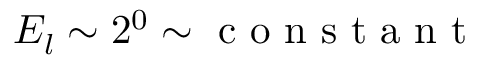
E _ { l } \sim 2 ^ { 0 } \sim \textrm { c o n s t a n t }